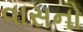
વાસનો